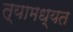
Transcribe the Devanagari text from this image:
त्यामध्यत